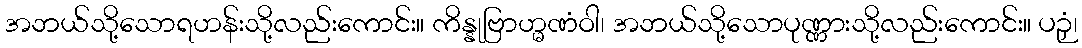
အဘယ်သို့သောရဟန်းသို့လည်းကောင်း။ ကိန္နုဗြာဟ္မဏံဝါ၊ အဘယ်သို့သောပုဏ္ဏားသို့လည်းကောင်း။ ပဉှံ၊